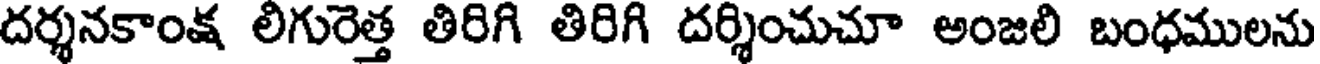
దర్శనకాంక్ష లిగురెత్త తిరిగి తిరిగి దర్శించుచూ అంజలి బంధములను